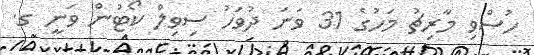
ހުސްވި މާރިޗު މަހުގެ 31 ވަނަ ދުވަހު ސިވިލް ކޯޓުން ވަނީ ގ.